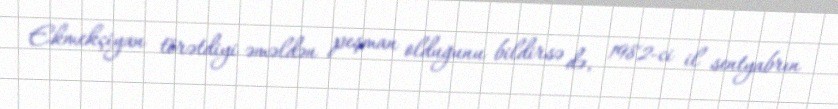
Ekmekçiyan törətdiyi əməldən peşman olduğunu bildirsə də, 1982-ci il sentyabrın